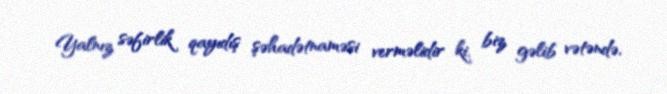
Yalnız səfirlik qayıdış şəhadətnaməsi verməlidir ki, biz gəlib vətəndə,